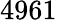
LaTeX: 4961